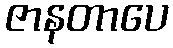
ဇာနတာပေ